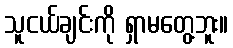
သူငယ်ချင်းကို ရှာမတွေ့ဘူး။